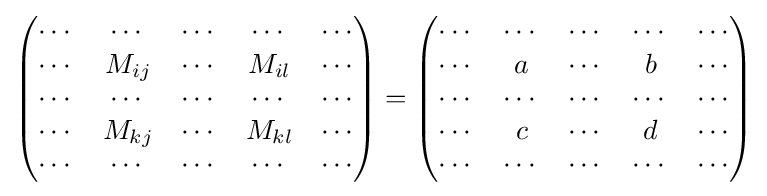
{\begin{pmatrix}\cdots &\cdots &\cdots &\cdots &\cdots \\\cdots &M_{ij}&\cdots &M_{il}&\cdots \\\cdots &\cdots &\cdots &\cdots &\cdots \\\cdots &M_{kj}&\cdots &M_{kl}&\cdots \\\cdots &\cdots &\cdots &\cdots &\cdots \end{pmatrix}}={\begin{pmatrix}\cdots &\cdots &\cdots &\cdots &\cdots \\\cdots &a&\cdots &b&\cdots \\\cdots &\cdots &\cdots &\cdots &\cdots \\\cdots &c&\cdots &d&\cdots \\\cdots &\cdots &\cdots &\cdots &\cdots \end{pmatrix}}